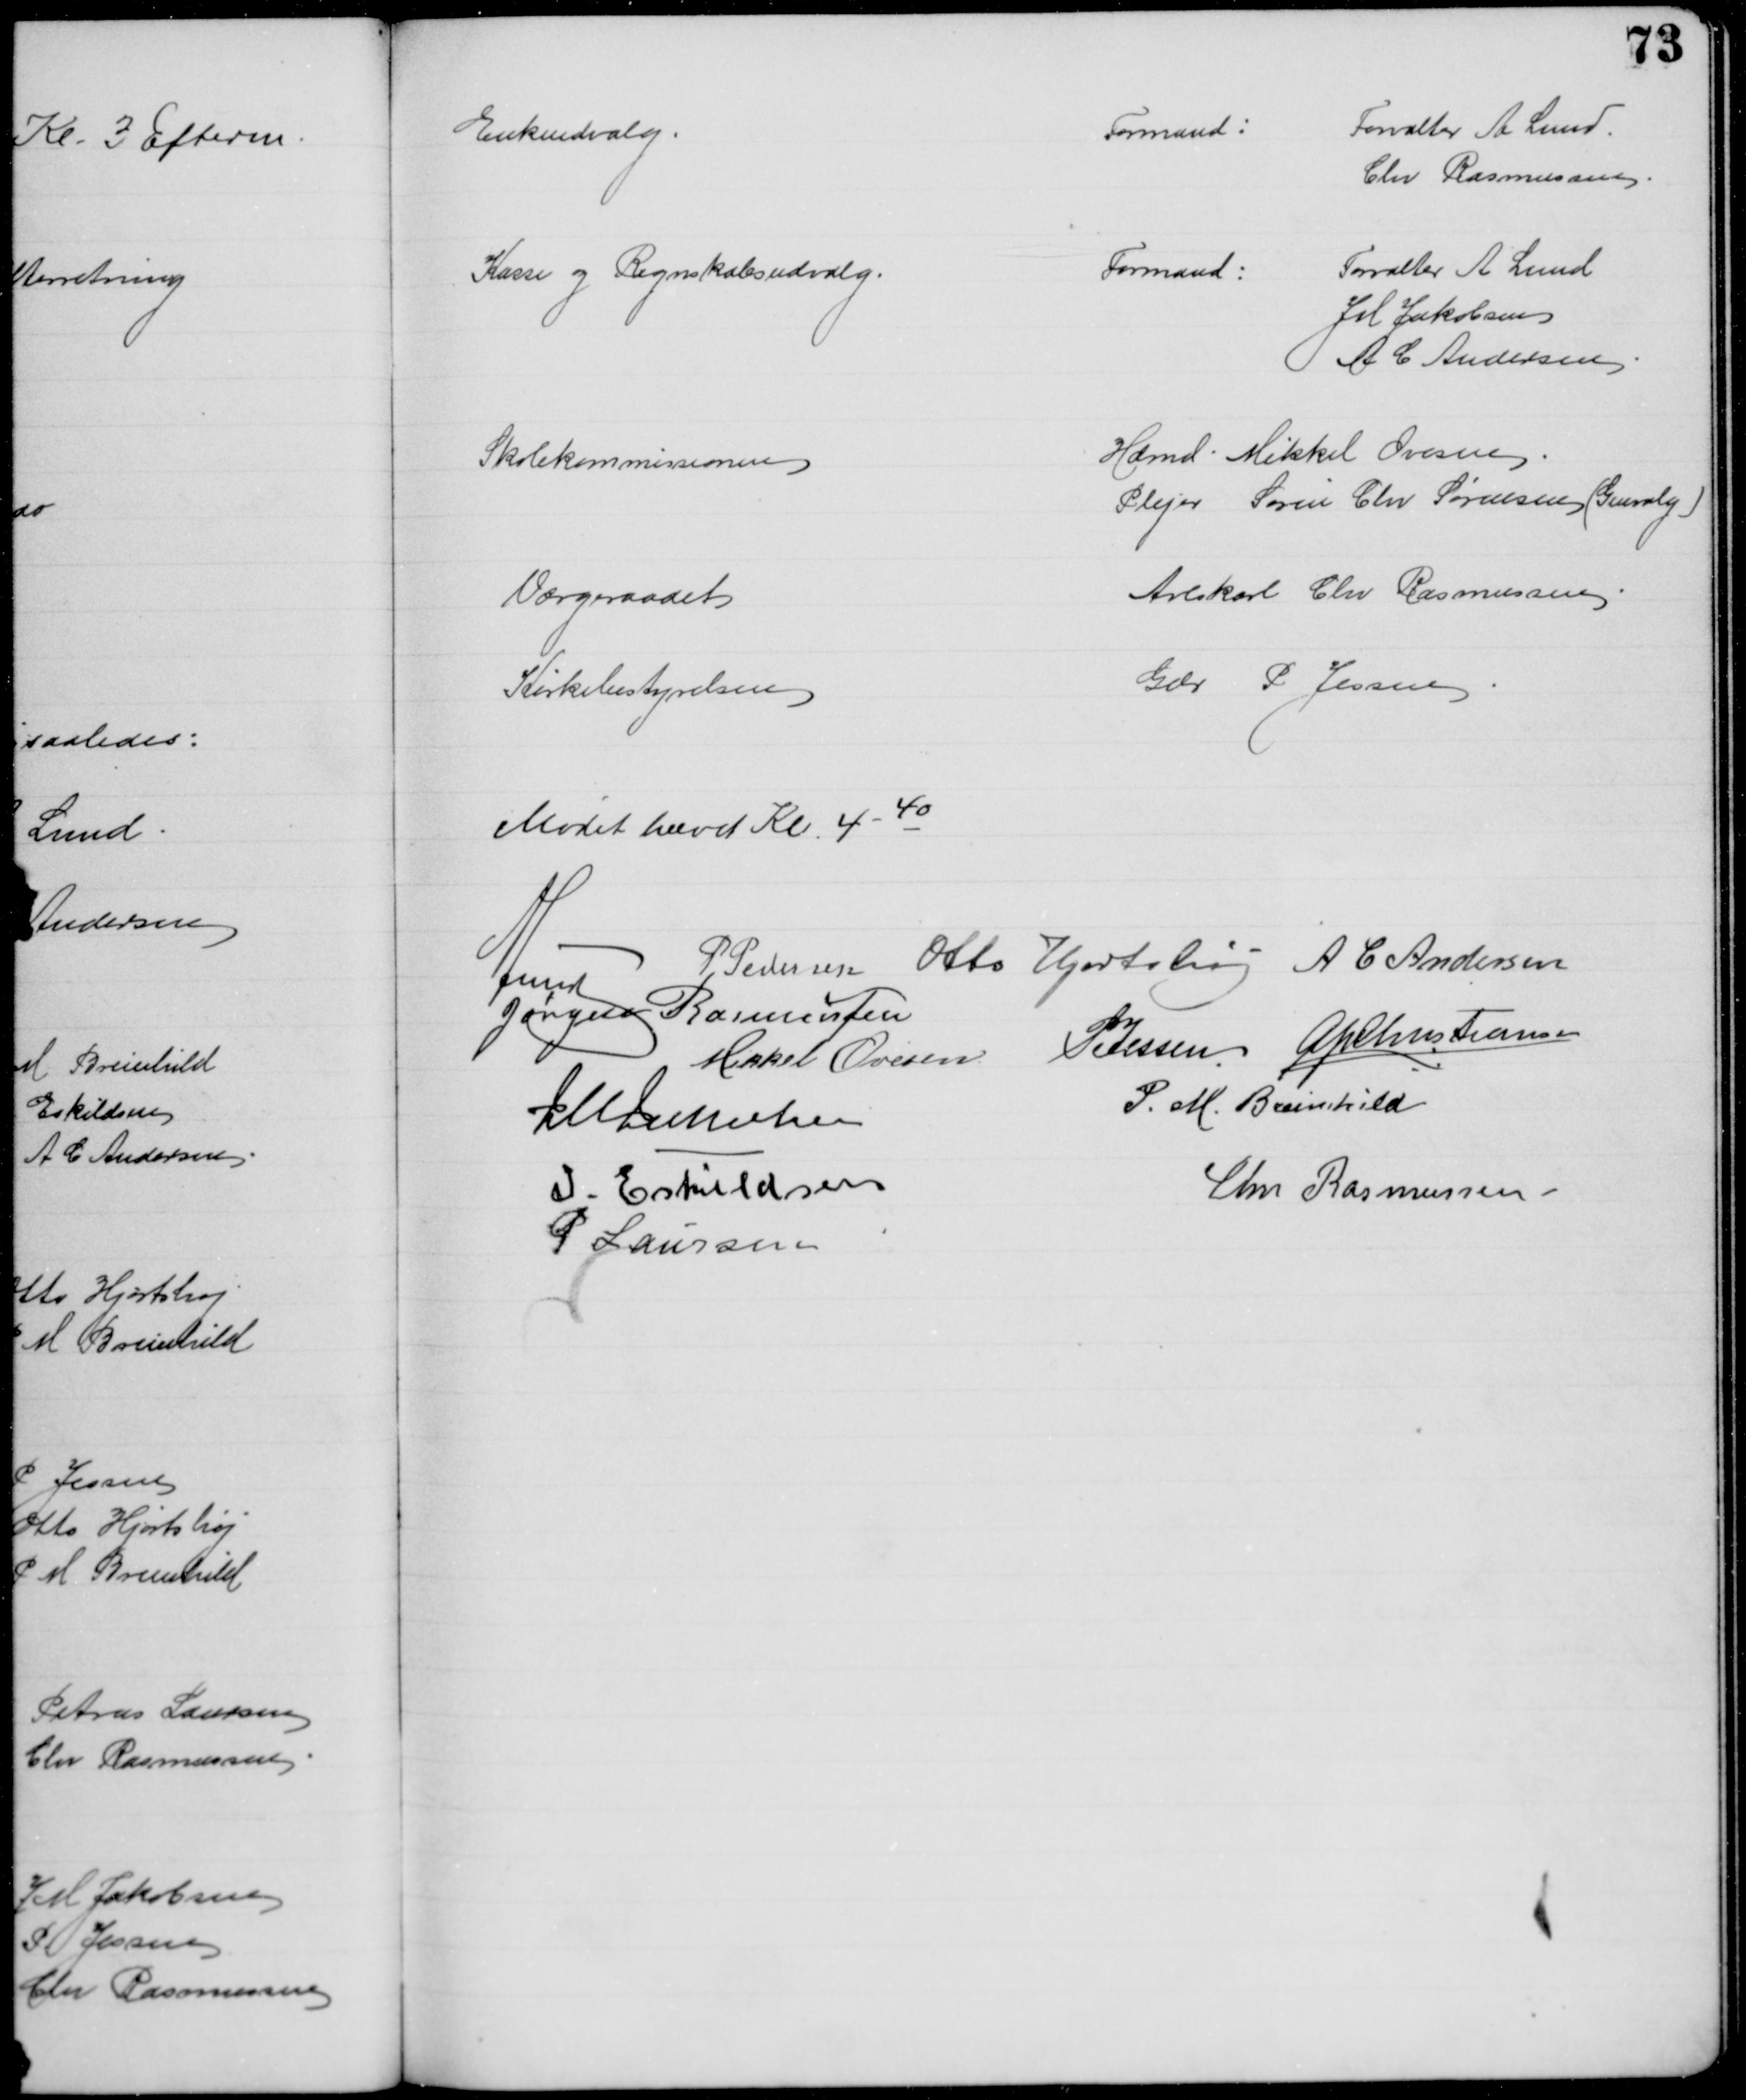
Transskription:
Enkeudvalg
Formand:
Forvalter A Lund
Chr Rasmussen
Kasse og Regnskabsudvalg.
Formand:
Forvalter A Lund
J M Jakobsen
A C Andersen
Skolekommissionen
Hdmd. Mikkel Ovesen
Plejer Søren Chr Sørensen (Genvalg)
Værgeraadet
Avlskarl Chr Rasmussen
Kirkebestyrelsen
Gdr P Jessen
Mødet hævet Kl. 4 - 40
A Lund
P Pedersen Otto Hjortshøj A C Andersen
Jørgen Rasmussen
Mikkel Ovesen P Jessen A P Christiansen
J M Jakobsen
P. M. Breinhild
I. Eskildsen
Chr. Rasmussen
P Laursen